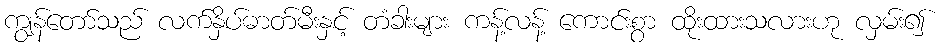
ကျွန်တော်သည် လက်နှိပ်ဓာတ်မီးနှင့် တံခါးများ ကန့်လန့် ကောင်းစွာ ထိုးထားသလားဟု လှမ်း၍